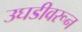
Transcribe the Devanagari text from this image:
उघडीवरून